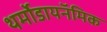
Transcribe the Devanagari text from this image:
थर्मोडायनॅमिक